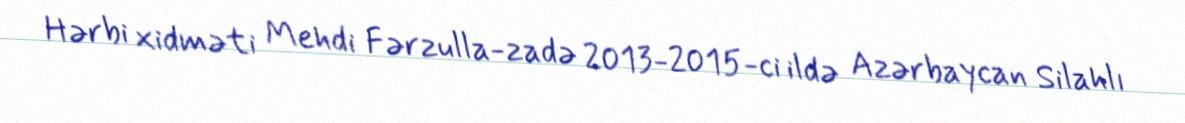
Hərbi xidməti Mehdi Fərzulla-zadə 2013-2015-ci ildə Azərbaycan Silahlı